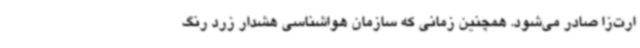
ارت‌زا صادر می‌شود. همچنین زمانی که سازمان هواشناسی هشدار زرد رنگ